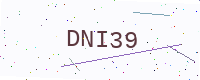
Text: DNI39